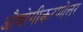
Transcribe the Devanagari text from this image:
औद्योगीकरणोत्तर